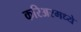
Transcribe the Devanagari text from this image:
करिअरमध्ये